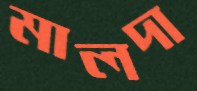
মালদা